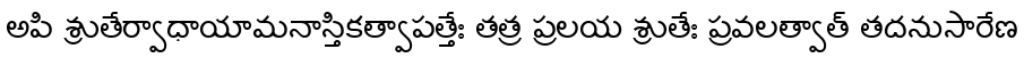
అపి శ్రుతేర్వాధాయామనాస్తికత్వాపత్తేః తత్ర ప్రలయ శ్రుతేః ప్రవలత్వాత్ తదనుసారేణ